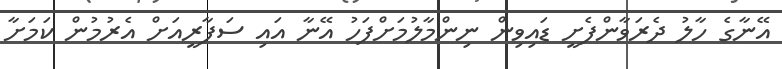
އޭނާގެ ހާލު ދެރަވާންފެށީ ޑައިވިން ނިންމާލުމަށްފަހު އޭނާ އައި ސަފާރީއަށް އެރުމުން ކަމަށާ